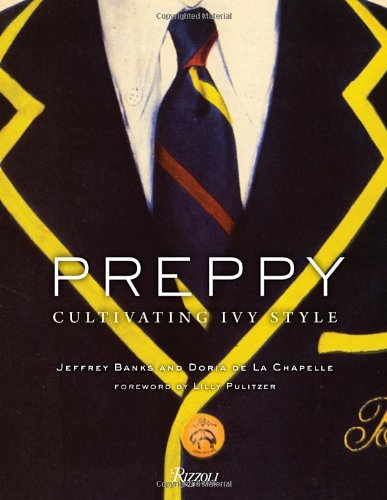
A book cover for Preppy: Cultivating Ivy Style; Jeffrey Banks; Arts & Photography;